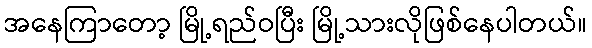
အနေကြာတော့ မြို့ရည်ဝပြီး မြို့သားလိုဖြစ်နေပါတယ်။